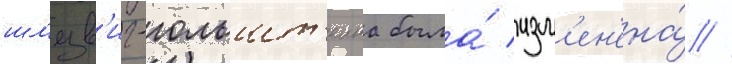
шл'езв'иг-гольшт'еина была́ изм'ен'ена́ //